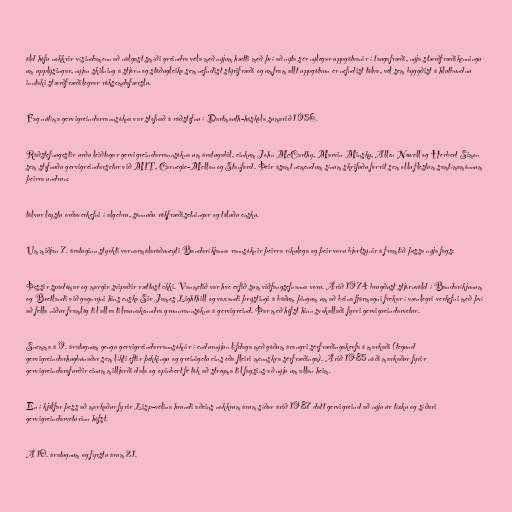
öld hófu nokkrir vísindamenn að nálgast smíði greindra véla með nýjum hætti með því að nýta sér nýlegar uppgötvanir í taugafræði, nýja stærðfræðikenningu
um upplýsingar, nýjan skilning á stjórn og stöðugleika sem nefndist stýrifræði og umfram allt uppgötvun er nefndist tölva, vél sem byggðist á hlutbundnu
inntaki stærðfræðilegrar röksemdafærslu.

Fag nútíma gervigreindarrannsókna var stofnað á ráðstefnu í Dartmouth-háskóla sumarið 1956.

Ráðstefnugestir urðu leiðtogar gervigreindarrannsókna um áratugabil, einkum John McCarthy, Marvin Minsky, Allen Newell og Herbert Simon
sem stofnuðu gervigreindarsetur við MIT, Carnegie-Mellon og Stanford. Þeir ásamt nemendum sínum skrifuðu forrit sem ollu flestum samtímamönnum
þeirra undrun:

tölvur leystu orðaverkefni í algebru, sönnuðu rökfræðisetningar og töluðu ensku.

Um miðjan 7. áratuginn styrkti varnarmálaráðuneyti Bandaríkjanna rannsóknir þeirra ríkulega og þeir voru bjartsýnir á framtíð þessa nýja fags:

Þessir spádómar og margir svipaðir rættust ekki. Vanmetið var hve erfið sum viðfangsefnanna voru. Árið 1974 brugðust stjórnvöld í Bandaríkjunum
og Bretlandi við gagnrýni hins enska Sir James Lighthill og vaxandi þrýstingi á báðum þingum um að beina fjármagni frekar í vænlegri verkefni með því
að fella niður framlög til allra tilraunakenndra grunnrannsókna á gervigreind. Þar með hófst hinn svokallaði fyrri gervigreindarvetur.

Snemma á 9. áratugnum gengu gervigreindarrannsóknir í endurnýjun lífdaga með góðum árangri sérfræðingakerfa á markaði (tegund
gervigreindarhugbúnaðar sem líkti eftir þekkingu og greinigetu eins eða fleiri mennskra sérfræðinga). Árið 1985 náði markaður fyrir
gervigreindarafurðir einum milljarði dala og opinbert fé tók að streyma til fagsins að nýju um allan heim.

En í kjölfar þess að markaður fyrir Lisp-vélina hrundi aðeins nokkrum árum síðar árið 1987 datt gervigreind að nýju úr tízku og síðari
gervigreindarveturinn hófst.

Á 10. áratugnum og fyrstu árum 21.